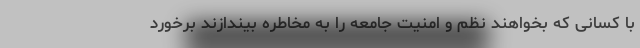
با کسانی که بخواهند نظم و امنیت جامعه را به مخاطره بیندازند برخورد